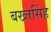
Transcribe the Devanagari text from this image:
बख्तसिंह